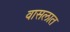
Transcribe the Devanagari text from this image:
वासलात